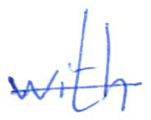
Text: with
Cross-out: single-line
Writing tool: ballpoint